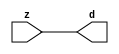

//------> ./rtl_mgc_ioport.v 
//------------------------------------------------------------------
//                M G C _ I O P O R T _ C O M P S
//------------------------------------------------------------------

//------------------------------------------------------------------
//                       M O D U L E S
//------------------------------------------------------------------

//------------------------------------------------------------------
//-- INPUT ENTITIES
//------------------------------------------------------------------

module mgc_in_wire (d, z);

  parameter integer rscid = 1;
  parameter integer width = 8;

  output [width-1:0] d;
  input  [width-1:0] z;

  wire   [width-1:0] d;

  assign d = z;

endmodule

//------------------------------------------------------------------

module mgc_in_wire_en (ld, d, lz, z);

  parameter integer rscid = 1;
  parameter integer width = 8;

  input              ld;
  output [width-1:0] d;
  output             lz;
  input  [width-1:0] z;

  wire   [width-1:0] d;
  wire               lz;

  assign d = z;
  assign lz = ld;

endmodule

//------------------------------------------------------------------

module mgc_in_wire_wait (ld, vd, d, lz, vz, z);

  parameter integer rscid = 1;
  parameter integer width = 8;

  input              ld;
  output             vd;
  output [width-1:0] d;
  output             lz;
  input              vz;
  input  [width-1:0] z;

  wire               vd;
  wire   [width-1:0] d;
  wire               lz;

  assign d = z;
  assign lz = ld;
  assign vd = vz;

endmodule
//------------------------------------------------------------------

module mgc_chan_in (ld, vd, d, lz, vz, z, size, req_size, sizez, sizelz);

  parameter integer rscid = 1;
  parameter integer width = 8;
  parameter integer sz_width = 8;

  input              ld;
  output             vd;
  output [width-1:0] d;
  output             lz;
  input              vz;
  input  [width-1:0] z;
  output [sz_width-1:0] size;
  input              req_size;
  input  [sz_width-1:0] sizez;
  output             sizelz;


  wire               vd;
  wire   [width-1:0] d;
  wire               lz;
  wire   [sz_width-1:0] size;
  wire               sizelz;

  assign d = z;
  assign lz = ld;
  assign vd = vz;
  assign size = sizez;
  assign sizelz = req_size;

endmodule


//------------------------------------------------------------------
//-- OUTPUT ENTITIES
//------------------------------------------------------------------

module mgc_out_stdreg (d, z);

  parameter integer rscid = 1;
  parameter integer width = 8;

  input    [width-1:0] d;
  output   [width-1:0] z;

  wire     [width-1:0] z;

  assign z = d;

endmodule

//------------------------------------------------------------------

module mgc_out_stdreg_en (ld, d, lz, z);

  parameter integer rscid = 1;
  parameter integer width = 8;

  input              ld;
  input  [width-1:0] d;
  output             lz;
  output [width-1:0] z;

  wire               lz;
  wire   [width-1:0] z;

  assign z = d;
  assign lz = ld;

endmodule

//------------------------------------------------------------------

module mgc_out_stdreg_wait (ld, vd, d, lz, vz, z);

  parameter integer rscid = 1;
  parameter integer width = 8;

  input              ld;
  output             vd;
  input  [width-1:0] d;
  output             lz;
  input              vz;
  output [width-1:0] z;

  wire               vd;
  wire               lz;
  wire   [width-1:0] z;

  assign z = d;
  assign lz = ld;
  assign vd = vz;

endmodule

//------------------------------------------------------------------

module mgc_out_prereg_en (ld, d, lz, z);

    parameter integer rscid = 1;
    parameter integer width = 8;

    input              ld;
    input  [width-1:0] d;
    output             lz;
    output [width-1:0] z;

    wire               lz;
    wire   [width-1:0] z;

    assign z = d;
    assign lz = ld;

endmodule

//------------------------------------------------------------------
//-- INOUT ENTITIES
//------------------------------------------------------------------

module mgc_inout_stdreg_en (ldin, din, ldout, dout, lzin, lzout, z);

    parameter integer rscid = 1;
    parameter integer width = 8;

    input              ldin;
    output [width-1:0] din;
    input              ldout;
    input  [width-1:0] dout;
    output             lzin;
    output             lzout;
    inout  [width-1:0] z;

    wire   [width-1:0] din;
    wire               lzin;
    wire               lzout;
    wire   [width-1:0] z;

    assign lzin = ldin;
    assign din = ldin ? z : {width{1'bz}};
    assign lzout = ldout;
    assign z = ldout ? dout : {width{1'bz}};

endmodule

//------------------------------------------------------------------
module hid_tribuf( I_SIG, ENABLE, O_SIG);
  parameter integer width = 8;

  input [width-1:0] I_SIG;
  input ENABLE;
  inout [width-1:0] O_SIG;

  assign O_SIG = (ENABLE) ? I_SIG : { width{1'bz}};

endmodule
//------------------------------------------------------------------

module mgc_inout_stdreg_wait (ldin, vdin, din, ldout, vdout, dout, lzin, vzin, lzout, vzout, z);

    parameter integer rscid = 1;
    parameter integer width = 8;

    input              ldin;
    output             vdin;
    output [width-1:0] din;
    input              ldout;
    output             vdout;
    input  [width-1:0] dout;
    output             lzin;
    input              vzin;
    output             lzout;
    input              vzout;
    inout  [width-1:0] z;

    wire               vdin;
    wire   [width-1:0] din;
    wire               vdout;
    wire               lzin;
    wire               lzout;
    wire   [width-1:0] z;
    wire   ldout_and_vzout;

    assign lzin = ldin;
    assign vdin = vzin;
    assign din = ldin ? z : {width{1'bz}};
    assign lzout = ldout;
    assign vdout = vzout ;
    assign ldout_and_vzout = ldout && vzout ;

    hid_tribuf #(width) tb( .I_SIG(dout),
                            .ENABLE(ldout_and_vzout),
                            .O_SIG(z) );

endmodule

//------------------------------------------------------------------

module mgc_inout_buf_wait (clk, en, arst, srst, ldin, vdin, din, ldout, vdout, dout, lzin, vzin, lzout, vzout, z);

    parameter integer rscid   = 0; // resource ID
    parameter integer width   = 8; // fifo width
    parameter         ph_clk  =  1'b1; // clock polarity 1=rising edge, 0=falling edge
    parameter         ph_en   =  1'b1; // clock enable polarity
    parameter         ph_arst =  1'b1; // async reset polarity
    parameter         ph_srst =  1'b1; // sync reset polarity

    input              clk;
    input              en;
    input              arst;
    input              srst;
    input              ldin;
    output             vdin;
    output [width-1:0] din;
    input              ldout;
    output             vdout;
    input  [width-1:0] dout;
    output             lzin;
    input              vzin;
    output             lzout;
    input              vzout;
    inout  [width-1:0] z;

    wire               lzout_buf;
    wire               vzout_buf;
    wire   [width-1:0] z_buf;
    wire               vdin;
    wire   [width-1:0] din;
    wire               vdout;
    wire               lzin;
    wire               lzout;
    wire   [width-1:0] z;

    assign lzin = ldin;
    assign vdin = vzin;
    assign din = ldin ? z : {width{1'bz}};
    assign lzout = lzout_buf & ~ldin;
    assign vzout_buf = vzout & ~ldin;
    hid_tribuf #(width) tb( .I_SIG(z_buf),
                            .ENABLE((lzout_buf && (!ldin) && vzout) ),
                            .O_SIG(z)  );

    mgc_out_buf_wait
    #(
        .rscid   (rscid),
        .width   (width),
        .ph_clk  (ph_clk),
        .ph_en   (ph_en),
        .ph_arst (ph_arst),
        .ph_srst (ph_srst)
    )
    BUFF
    (
        .clk     (clk),
        .en      (en),
        .arst    (arst),
        .srst    (srst),
        .ld      (ldout),
        .vd      (vdout),
        .d       (dout),
        .lz      (lzout_buf),
        .vz      (vzout_buf),
        .z       (z_buf)
    );


endmodule

module mgc_inout_fifo_wait (clk, en, arst, srst, ldin, vdin, din, ldout, vdout, dout, lzin, vzin, lzout, vzout, z);

    parameter integer rscid   = 0; // resource ID
    parameter integer width   = 8; // fifo width
    parameter integer fifo_sz = 8; // fifo depth
    parameter         ph_clk  = 1'b1;  // clock polarity 1=rising edge, 0=falling edge
    parameter         ph_en   = 1'b1;  // clock enable polarity
    parameter         ph_arst = 1'b1;  // async reset polarity
    parameter         ph_srst = 1'b1;  // sync reset polarity
    parameter integer ph_log2 = 3;     // log2(fifo_sz)
    parameter integer pwropt  = 0;     // pwropt

    input              clk;
    input              en;
    input              arst;
    input              srst;
    input              ldin;
    output             vdin;
    output [width-1:0] din;
    input              ldout;
    output             vdout;
    input  [width-1:0] dout;
    output             lzin;
    input              vzin;
    output             lzout;
    input              vzout;
    inout  [width-1:0] z;

    wire               lzout_buf;
    wire               vzout_buf;
    wire   [width-1:0] z_buf;
    wire               comb;
    wire               vdin;
    wire   [width-1:0] din;
    wire               vdout;
    wire               lzin;
    wire               lzout;
    wire   [width-1:0] z;

    assign lzin = ldin;
    assign vdin = vzin;
    assign din = ldin ? z : {width{1'bz}};
    assign lzout = lzout_buf & ~ldin;
    assign vzout_buf = vzout & ~ldin;
    assign comb = (lzout_buf && (!ldin) && vzout);

    hid_tribuf #(width) tb2( .I_SIG(z_buf), .ENABLE(comb), .O_SIG(z)  );

    mgc_out_fifo_wait
    #(
        .rscid   (rscid),
        .width   (width),
        .fifo_sz (fifo_sz),
        .ph_clk  (ph_clk),
        .ph_en   (ph_en),
        .ph_arst (ph_arst),
        .ph_srst (ph_srst),
        .ph_log2 (ph_log2),
        .pwropt  (pwropt)
    )
    FIFO
    (
        .clk   (clk),
        .en      (en),
        .arst    (arst),
        .srst    (srst),
        .ld      (ldout),
        .vd      (vdout),
        .d       (dout),
        .lz      (lzout_buf),
        .vz      (vzout_buf),
        .z       (z_buf)
    );

endmodule

//------------------------------------------------------------------
//-- I/O SYNCHRONIZATION ENTITIES
//------------------------------------------------------------------

module mgc_io_sync (ld, lz);

    input  ld;
    output lz;

    assign lz = ld;

endmodule

module mgc_bsync_rdy (rd, rz);

    parameter integer rscid   = 0; // resource ID
    parameter ready = 1;
    parameter valid = 0;

    input  rd;
    output rz;

    wire   rz;

    assign rz = rd;

endmodule

module mgc_bsync_vld (vd, vz);

    parameter integer rscid   = 0; // resource ID
    parameter ready = 0;
    parameter valid = 1;

    output vd;
    input  vz;

    wire   vd;

    assign vd = vz;

endmodule

module mgc_bsync_rv (rd, vd, rz, vz);

    parameter integer rscid   = 0; // resource ID
    parameter ready = 1;
    parameter valid = 1;

    input  rd;
    output vd;
    output rz;
    input  vz;

    wire   vd;
    wire   rz;

    assign rz = rd;
    assign vd = vz;

endmodule

//------------------------------------------------------------------

module mgc_sync (ldin, vdin, ldout, vdout);

  input  ldin;
  output vdin;
  input  ldout;
  output vdout;

  wire   vdin;
  wire   vdout;

  assign vdin = ldout;
  assign vdout = ldin;

endmodule

///////////////////////////////////////////////////////////////////////////////
// dummy function used to preserve funccalls for modulario
// it looks like a memory read to the caller
///////////////////////////////////////////////////////////////////////////////
module funccall_inout (d, ad, bd, z, az, bz);

  parameter integer ram_id = 1;
  parameter integer width = 8;
  parameter integer addr_width = 8;

  output [width-1:0]       d;
  input  [addr_width-1:0]  ad;
  input                    bd;
  input  [width-1:0]       z;
  output [addr_width-1:0]  az;
  output                   bz;

  wire   [width-1:0]       d;
  wire   [addr_width-1:0]  az;
  wire                     bz;

  assign d  = z;
  assign az = ad;
  assign bz = bd;

endmodule


///////////////////////////////////////////////////////////////////////////////
// inlinable modular io not otherwise found in mgc_ioport
///////////////////////////////////////////////////////////////////////////////

module modulario_en_in (vd, d, vz, z);

  parameter integer rscid = 1;
  parameter integer width = 8;

  output             vd;
  output [width-1:0] d;
  input              vz;
  input  [width-1:0] z;

  wire   [width-1:0] d;
  wire               vd;

  assign d = z;
  assign vd = vz;

endmodule

//------> ./rtl_mgc_ioport_v2001.v 
//------------------------------------------------------------------

module mgc_out_reg_pos (clk, en, arst, srst, ld, d, lz, z);

    parameter integer rscid   = 1;
    parameter integer width   = 8;
    parameter         ph_en   =  1'b1;
    parameter         ph_arst =  1'b1;
    parameter         ph_srst =  1'b1;

    input              clk;
    input              en;
    input              arst;
    input              srst;
    input              ld;
    input  [width-1:0] d;
    output             lz;
    output [width-1:0] z;

    reg                lz;
    reg    [width-1:0] z;

    generate
    if (ph_arst == 1'b0)
    begin: NEG_ARST
        always @(posedge clk or negedge arst)
        if (arst == 1'b0)
        begin: B1
            lz <= 1'b0;
            z  <= {width{1'b0}};
        end
        else if (srst == ph_srst)
        begin: B2
            lz <= 1'b0;
            z  <= {width{1'b0}};
        end
        else if (en == ph_en)
        begin: B3
            lz <= ld;
            z  <= (ld) ? d : z;
        end
    end
    else
    begin: POS_ARST
        always @(posedge clk or posedge arst)
        if (arst == 1'b1)
        begin: B1
            lz <= 1'b0;
            z  <= {width{1'b0}};
        end
        else if (srst == ph_srst)
        begin: B2
            lz <= 1'b0;
            z  <= {width{1'b0}};
        end
        else if (en == ph_en)
        begin: B3
            lz <= ld;
            z  <= (ld) ? d : z;
        end
    end
    endgenerate

endmodule

//------------------------------------------------------------------

module mgc_out_reg_neg (clk, en, arst, srst, ld, d, lz, z);

    parameter integer rscid   = 1;
    parameter integer width   = 8;
    parameter         ph_en   =  1'b1;
    parameter         ph_arst =  1'b1;
    parameter         ph_srst =  1'b1;

    input              clk;
    input              en;
    input              arst;
    input              srst;
    input              ld;
    input  [width-1:0] d;
    output             lz;
    output [width-1:0] z;

    reg                lz;
    reg    [width-1:0] z;

    generate
    if (ph_arst == 1'b0)
    begin: NEG_ARST
        always @(negedge clk or negedge arst)
        if (arst == 1'b0)
        begin: B1
            lz <= 1'b0;
            z  <= {width{1'b0}};
        end
        else if (srst == ph_srst)
        begin: B2
            lz <= 1'b0;
            z  <= {width{1'b0}};
        end
        else if (en == ph_en)
        begin: B3
            lz <= ld;
            z  <= (ld) ? d : z;
        end
    end
    else
    begin: POS_ARST
        always @(negedge clk or posedge arst)
        if (arst == 1'b1)
        begin: B1
            lz <= 1'b0;
            z  <= {width{1'b0}};
        end
        else if (srst == ph_srst)
        begin: B2
            lz <= 1'b0;
            z  <= {width{1'b0}};
        end
        else if (en == ph_en)
        begin: B3
            lz <= ld;
            z  <= (ld) ? d : z;
        end
    end
    endgenerate

endmodule

//------------------------------------------------------------------

module mgc_out_reg (clk, en, arst, srst, ld, d, lz, z); // Not Supported

    parameter integer rscid   = 1;
    parameter integer width   = 8;
    parameter         ph_clk  =  1'b1;
    parameter         ph_en   =  1'b1;
    parameter         ph_arst =  1'b1;
    parameter         ph_srst =  1'b1;

    input              clk;
    input              en;
    input              arst;
    input              srst;
    input              ld;
    input  [width-1:0] d;
    output             lz;
    output [width-1:0] z;


    generate
    if (ph_clk == 1'b0)
    begin: NEG_EDGE

        mgc_out_reg_neg
        #(
            .rscid   (rscid),
            .width   (width),
            .ph_en   (ph_en),
            .ph_arst (ph_arst),
            .ph_srst (ph_srst)
        )
        mgc_out_reg_neg_inst
        (
            .clk     (clk),
            .en      (en),
            .arst    (arst),
            .srst    (srst),
            .ld      (ld),
            .d       (d),
            .lz      (lz),
            .z       (z)
        );

    end
    else
    begin: POS_EDGE

        mgc_out_reg_pos
        #(
            .rscid   (rscid),
            .width   (width),
            .ph_en   (ph_en),
            .ph_arst (ph_arst),
            .ph_srst (ph_srst)
        )
        mgc_out_reg_pos_inst
        (
            .clk     (clk),
            .en      (en),
            .arst    (arst),
            .srst    (srst),
            .ld      (ld),
            .d       (d),
            .lz      (lz),
            .z       (z)
        );

    end
    endgenerate

endmodule




//------------------------------------------------------------------

module mgc_out_buf_wait (clk, en, arst, srst, ld, vd, d, vz, lz, z); // Not supported

    parameter integer rscid   = 1;
    parameter integer width   = 8;
    parameter         ph_clk  =  1'b1;
    parameter         ph_en   =  1'b1;
    parameter         ph_arst =  1'b1;
    parameter         ph_srst =  1'b1;

    input              clk;
    input              en;
    input              arst;
    input              srst;
    input              ld;
    output             vd;
    input  [width-1:0] d;
    output             lz;
    input              vz;
    output [width-1:0] z;

    wire               filled;
    wire               filled_next;
    wire   [width-1:0] abuf;
    wire               lbuf;


    assign filled_next = (filled & (~vz)) | (filled & ld) | (ld & (~vz));

    assign lbuf = ld & ~(filled ^ vz);

    assign vd = vz | ~filled;

    assign lz = ld | filled;

    assign z = (filled) ? abuf : d;

    wire dummy;
    wire dummy_bufreg_lz;

    // Output registers:
    mgc_out_reg
    #(
        .rscid   (rscid),
        .width   (1'b1),
        .ph_clk  (ph_clk),
        .ph_en   (ph_en),
        .ph_arst (ph_arst),
        .ph_srst (ph_srst)
    )
    STATREG
    (
        .clk     (clk),
        .en      (en),
        .arst    (arst),
        .srst    (srst),
        .ld      (filled_next),
        .d       (1'b0),       // input d is unused
        .lz      (filled),
        .z       (dummy)            // output z is unused
    );

    mgc_out_reg
    #(
        .rscid   (rscid),
        .width   (width),
        .ph_clk  (ph_clk),
        .ph_en   (ph_en),
        .ph_arst (ph_arst),
        .ph_srst (ph_srst)
    )
    BUFREG
    (
        .clk     (clk),
        .en      (en),
        .arst    (arst),
        .srst    (srst),
        .ld      (lbuf),
        .d       (d),
        .lz      (dummy_bufreg_lz),
        .z       (abuf)
    );

endmodule

//------------------------------------------------------------------

module mgc_out_fifo_wait (clk, en, arst, srst, ld, vd, d, lz, vz,  z);

    parameter integer rscid   = 0; // resource ID
    parameter integer width   = 8; // fifo width
    parameter integer fifo_sz = 8; // fifo depth
    parameter         ph_clk  = 1'b1; // clock polarity 1=rising edge, 0=falling edge
    parameter         ph_en   = 1'b1; // clock enable polarity
    parameter         ph_arst = 1'b1; // async reset polarity
    parameter         ph_srst = 1'b1; // sync reset polarity
    parameter integer ph_log2 = 3; // log2(fifo_sz)
    parameter integer pwropt  = 0; // pwropt


    input                 clk;
    input                 en;
    input                 arst;
    input                 srst;
    input                 ld;    // load data
    output                vd;    // fifo full active low
    input     [width-1:0] d;
    output                lz;    // fifo ready to send
    input                 vz;    // dest ready for data
    output    [width-1:0] z;

    wire    [31:0]      size;


      // Output registers:
 mgc_out_fifo_wait_core#(
        .rscid   (rscid),
        .width   (width),
        .sz_width (32),
        .fifo_sz (fifo_sz),
        .ph_clk  (ph_clk),
        .ph_en   (ph_en),
        .ph_arst (ph_arst),
        .ph_srst (ph_srst),
        .ph_log2 (ph_log2),
        .pwropt  (pwropt)
        ) CORE (
        .clk (clk),
        .en (en),
        .arst (arst),
        .srst (srst),
        .ld (ld),
        .vd (vd),
        .d (d),
        .lz (lz),
        .vz (vz),
        .z (z),
        .size (size)
        );

endmodule



module mgc_out_fifo_wait_core (clk, en, arst, srst, ld, vd, d, lz, vz,  z, size);

    parameter integer rscid   = 0; // resource ID
    parameter integer width   = 8; // fifo width
    parameter integer sz_width = 8; // size of port for elements in fifo
    parameter integer fifo_sz = 8; // fifo depth
    parameter         ph_clk  =  1'b1; // clock polarity 1=rising edge, 0=falling edge
    parameter         ph_en   =  1'b1; // clock enable polarity
    parameter         ph_arst =  1'b1; // async reset polarity
    parameter         ph_srst =  1'b1; // sync reset polarity
    parameter integer ph_log2 = 3; // log2(fifo_sz)
    parameter integer pwropt  = 0; // pwropt

   localparam integer  fifo_b = width * fifo_sz;

    input                 clk;
    input                 en;
    input                 arst;
    input                 srst;
    input                 ld;    // load data
    output                vd;    // fifo full active low
    input     [width-1:0] d;
    output                lz;    // fifo ready to send
    input                 vz;    // dest ready for data
    output    [width-1:0] z;
    output    [sz_width-1:0]      size;

    reg      [( (fifo_sz > 0) ? fifo_sz : 1)-1:0] stat_pre;
    wire     [( (fifo_sz > 0) ? fifo_sz : 1)-1:0] stat;
    reg      [( (fifo_b > 0) ? fifo_b : 1)-1:0] buff_pre;
    wire     [( (fifo_b > 0) ? fifo_b : 1)-1:0] buff;
    reg      [( (fifo_sz > 0) ? fifo_sz : 1)-1:0] en_l;
    reg      [(((fifo_sz > 0) ? fifo_sz : 1)-1)/8:0] en_l_s;

    reg       [width-1:0] buff_nxt;

    reg                   stat_nxt;
    reg                   stat_before;
    reg                   stat_after;
    reg                   en_l_var;

    integer               i;
    genvar                eni;

    wire [32:0]           size_t;
    reg [31:0]            count;
    reg [31:0]            count_t;
    reg [32:0]            n_elem;
// pragma translate_off
    reg [31:0]            peak;
// pragma translate_on

    wire [( (fifo_sz > 0) ? fifo_sz : 1)-1:0] dummy_statreg_lz;
    wire [( (fifo_b > 0) ? fifo_b : 1)-1:0] dummy_bufreg_lz;

    generate
    if ( fifo_sz > 0 )
    begin: FIFO_REG
      assign vd = vz | ~stat[0];
      assign lz = ld | stat[fifo_sz-1];
      assign size_t = (count - (vz && stat[fifo_sz-1])) + ld;
      assign size = size_t[sz_width-1:0];
      assign z = (stat[fifo_sz-1]) ? buff[fifo_b-1:width*(fifo_sz-1)] : d;

      always @(*)
      begin: FIFOPROC
        n_elem = 33'b0;
        for (i = fifo_sz-1; i >= 0; i = i - 1)
        begin
          if (i != 0)
            stat_before = stat[i-1];
          else
            stat_before = 1'b0;

          if (i != (fifo_sz-1))
            stat_after = stat[i+1];
          else
            stat_after = 1'b1;

          stat_nxt = stat_after &
                    (stat_before | (stat[i] & (~vz)) | (stat[i] & ld) | (ld & (~vz)));

          stat_pre[i] = stat_nxt;
          en_l_var = 1'b1;
          if (!stat_nxt)
            begin
              buff_nxt = {width{1'b0}};
              en_l_var = 1'b0;
            end
          else if (vz && stat_before)
            buff_nxt[0+:width] = buff[width*(i-1)+:width];
          else if (ld && !((vz && stat_before) || ((!vz) && stat[i])))
            buff_nxt = d;
          else
            begin
              if (pwropt == 0)
                buff_nxt[0+:width] = buff[width*i+:width];
              else
                buff_nxt = {width{1'b0}};
              en_l_var = 1'b0;
            end

          if (ph_en != 0)
            en_l[i] = en & en_l_var;
          else
            en_l[i] = en | ~en_l_var;

          buff_pre[width*i+:width] = buff_nxt[0+:width];

          if ((stat_after == 1'b1) && (stat[i] == 1'b0))
            n_elem = ($unsigned(fifo_sz) - 1) - i;
        end

        if (ph_en != 0)
          en_l_s[(((fifo_sz > 0) ? fifo_sz : 1)-1)/8] = 1'b1;
        else
          en_l_s[(((fifo_sz > 0) ? fifo_sz : 1)-1)/8] = 1'b0;

        for (i = fifo_sz-1; i >= 7; i = i - 1)
        begin
          if ((i%'d2) == 0)
          begin
            if (ph_en != 0)
              en_l_s[(i/8)-1] = en & (stat[i]|stat_pre[i-1]);
            else
              en_l_s[(i/8)-1] = en | ~(stat[i]|stat_pre[i-1]);
          end
        end

        if ( stat[fifo_sz-1] == 1'b0 )
          count_t = 32'b0;
        else if ( stat[0] == 1'b1 )
          count_t = { {(32-ph_log2){1'b0}}, fifo_sz};
        else
          count_t = n_elem[31:0];
        count = count_t;
// pragma translate_off
        if ( peak < count )
          peak = count;
// pragma translate_on
      end

      if (pwropt == 0)
      begin: NOCGFIFO
        // Output registers:
        mgc_out_reg
        #(
            .rscid   (rscid),
            .width   (fifo_sz),
            .ph_clk  (ph_clk),
            .ph_en   (ph_en),
            .ph_arst (ph_arst),
            .ph_srst (ph_srst)
        )
        STATREG
        (
            .clk     (clk),
            .en      (en),
            .arst    (arst),
            .srst    (srst),
            .ld      (1'b1),
            .d       (stat_pre),
            .lz      (dummy_statreg_lz[0]),
            .z       (stat)
        );
        mgc_out_reg
        #(
            .rscid   (rscid),
            .width   (fifo_b),
            .ph_clk  (ph_clk),
            .ph_en   (ph_en),
            .ph_arst (ph_arst),
            .ph_srst (ph_srst)
        )
        BUFREG
        (
            .clk     (clk),
            .en      (en),
            .arst    (arst),
            .srst    (srst),
            .ld      (1'b1),
            .d       (buff_pre),
            .lz      (dummy_bufreg_lz[0]),
            .z       (buff)
        );
      end
      else
      begin: CGFIFO
        // Output registers:
        if ( pwropt > 1)
        begin: CGSTATFIFO2
          for (eni = fifo_sz-1; eni >= 0; eni = eni - 1)
          begin: pwroptGEN1
            mgc_out_reg
            #(
              .rscid   (rscid),
              .width   (1),
              .ph_clk  (ph_clk),
              .ph_en   (ph_en),
              .ph_arst (ph_arst),
              .ph_srst (ph_srst)
            )
            STATREG
            (
              .clk     (clk),
              .en      (en_l_s[eni/8]),
              .arst    (arst),
              .srst    (srst),
              .ld      (1'b1),
              .d       (stat_pre[eni]),
              .lz      (dummy_statreg_lz[eni]),
              .z       (stat[eni])
            );
          end
        end
        else
        begin: CGSTATFIFO
          mgc_out_reg
          #(
            .rscid   (rscid),
            .width   (fifo_sz),
            .ph_clk  (ph_clk),
            .ph_en   (ph_en),
            .ph_arst (ph_arst),
            .ph_srst (ph_srst)
          )
          STATREG
          (
            .clk     (clk),
            .en      (en),
            .arst    (arst),
            .srst    (srst),
            .ld      (1'b1),
            .d       (stat_pre),
            .lz      (dummy_statreg_lz[0]),
            .z       (stat)
          );
        end
        for (eni = fifo_sz-1; eni >= 0; eni = eni - 1)
        begin: pwroptGEN2
          mgc_out_reg
          #(
            .rscid   (rscid),
            .width   (width),
            .ph_clk  (ph_clk),
            .ph_en   (ph_en),
            .ph_arst (ph_arst),
            .ph_srst (ph_srst)
          )
          BUFREG
          (
            .clk     (clk),
            .en      (en_l[eni]),
            .arst    (arst),
            .srst    (srst),
            .ld      (1'b1),
            .d       (buff_pre[width*eni+:width]),
            .lz      (dummy_bufreg_lz[eni]),
            .z       (buff[width*eni+:width])
          );
        end
      end
    end
    else
    begin: FEED_THRU
      assign vd = vz;
      assign lz = ld;
      assign z = d;
      assign size = ld && !vz;
    end
    endgenerate

endmodule

//------------------------------------------------------------------
//-- PIPE ENTITIES
//------------------------------------------------------------------
/*
 *
 *             _______________________________________________
 * WRITER    |                                               |          READER
 *           |           MGC_PIPE                            |
 *           |           __________________________          |
 *        --<| vdout  --<| vd ---------------  vz<|-----ldin<|---
 *           |           |      FIFO              |          |
 *        ---|>ldout  ---|>ld ---------------- lz |> ---vdin |>--
 *        ---|>dout -----|>d  ---------------- dz |> ----din |>--
 *           |           |________________________|          |
 *           |_______________________________________________|
 */
// two clock pipe
module mgc_pipe (clk, en, arst, srst, ldin, vdin, din, ldout, vdout, dout, size, req_size);

    parameter integer rscid   = 0; // resource ID
    parameter integer width   = 8; // fifo width
    parameter integer sz_width = 8; // width of size of elements in fifo
    parameter integer fifo_sz = 8; // fifo depth
    parameter integer log2_sz = 3; // log2(fifo_sz)
    parameter         ph_clk  = 1'b1;  // clock polarity 1=rising edge, 0=falling edge
    parameter         ph_en   = 1'b1;  // clock enable polarity
    parameter         ph_arst = 1'b1;  // async reset polarity
    parameter         ph_srst = 1'b1;  // sync reset polarity
    parameter integer pwropt  = 0; // pwropt

    input              clk;
    input              en;
    input              arst;
    input              srst;
    input              ldin;
    output             vdin;
    output [width-1:0] din;
    input              ldout;
    output             vdout;
    input  [width-1:0] dout;
    output [sz_width-1:0]      size;
    input              req_size;


    mgc_out_fifo_wait_core
    #(
        .rscid    (rscid),
        .width    (width),
        .sz_width (sz_width),
        .fifo_sz  (fifo_sz),
        .ph_clk   (ph_clk),
        .ph_en    (ph_en),
        .ph_arst  (ph_arst),
        .ph_srst  (ph_srst),
        .ph_log2  (log2_sz),
        .pwropt   (pwropt)
    )
    FIFO
    (
        .clk     (clk),
        .en      (en),
        .arst    (arst),
        .srst    (srst),
        .ld      (ldout),
        .vd      (vdout),
        .d       (dout),
        .lz      (vdin),
        .vz      (ldin),
        .z       (din),
        .size    (size)
    );

endmodule


//------> ./rtl.v 
// ----------------------------------------------------------------------
//  HLS HDL:        Verilog Netlister
//  HLS Version:    2011a.126 Production Release
//  HLS Date:       Wed Aug  8 00:52:07 PDT 2012
// 
//  Generated by:   jb914@EEWS104A-014
//  Generated date: Wed May 06 12:48:29 2015
// ----------------------------------------------------------------------

// 
// ------------------------------------------------------------------
//  Design Unit:    red_tint_core
// ------------------------------------------------------------------


module red_tint_core (
  clk, en, arst_n, video_in_rsc_mgc_in_wire_d, video_out_rsc_mgc_out_stdreg_d, mouse_xy_rsc_mgc_in_wire_d
);
  input clk;
  input en;
  input arst_n;
  input [29:0] video_in_rsc_mgc_in_wire_d;
  output [29:0] video_out_rsc_mgc_out_stdreg_d;
  input [19:0] mouse_xy_rsc_mgc_in_wire_d;


  // Interconnect Declarations
  wire [7:0] acc_1_psp_sva;
  wire [8:0] nl_acc_1_psp_sva;
  reg [9:0] reg_video_out_rsc_mgc_out_stdreg_d_tmp;
  reg [9:0] reg_video_out_rsc_mgc_out_stdreg_d_tmp_1;
  reg [9:0] reg_video_out_rsc_mgc_out_stdreg_d_tmp_2;
  wire [8:0] else_acc_itm;
  wire [9:0] nl_else_acc_itm;
  wire [12:0] else_else_acc_2_itm;
  wire [13:0] nl_else_else_acc_2_itm;
  wire [12:0] else_else_acc_itm;
  wire [13:0] nl_else_else_acc_itm;
  wire [8:0] acc_itm;
  wire [9:0] nl_acc_itm;


  // Interconnect Declarations for Component Instantiations 
  assign video_out_rsc_mgc_out_stdreg_d = {reg_video_out_rsc_mgc_out_stdreg_d_tmp
      , reg_video_out_rsc_mgc_out_stdreg_d_tmp_1 , reg_video_out_rsc_mgc_out_stdreg_d_tmp_2};
  assign nl_else_acc_itm = ({1'b1 , (~ (mouse_xy_rsc_mgc_in_wire_d[8:1]))}) + 9'b11111011;
  assign else_acc_itm = nl_else_acc_itm[8:0];
  assign nl_else_else_acc_2_itm = conv_u2s_11_13({(video_in_rsc_mgc_in_wire_d[19:10])
      , 1'b1}) + conv_s2s_11_13({(~ acc_1_psp_sva) , (~ (mouse_xy_rsc_mgc_in_wire_d[2:1]))
      , 1'b1});
  assign else_else_acc_2_itm = nl_else_else_acc_2_itm[12:0];
  assign nl_else_else_acc_itm = conv_u2s_11_13({(video_in_rsc_mgc_in_wire_d[9:0])
      , 1'b1}) + conv_s2s_11_13({(~ acc_1_psp_sva) , (~ (mouse_xy_rsc_mgc_in_wire_d[2:1]))
      , 1'b1});
  assign else_else_acc_itm = nl_else_else_acc_itm[12:0];
  assign nl_acc_1_psp_sva = conv_u2u_6_8(mouse_xy_rsc_mgc_in_wire_d[8:3]) + (mouse_xy_rsc_mgc_in_wire_d[8:1]);
  assign acc_1_psp_sva = nl_acc_1_psp_sva[7:0];
  assign nl_acc_itm = conv_u2s_8_9(mouse_xy_rsc_mgc_in_wire_d[8:1]) + 9'b111111011;
  assign acc_itm = nl_acc_itm[8:0];
  always @(posedge clk or negedge arst_n) begin
    if ( ~ arst_n ) begin
      reg_video_out_rsc_mgc_out_stdreg_d_tmp <= 10'b0;
      reg_video_out_rsc_mgc_out_stdreg_d_tmp_1 <= 10'b0;
      reg_video_out_rsc_mgc_out_stdreg_d_tmp_2 <= 10'b0;
    end
    else begin
      if ( en ) begin
        reg_video_out_rsc_mgc_out_stdreg_d_tmp <= (video_in_rsc_mgc_in_wire_d[29:20])
            & (signext_10_1(~ (else_acc_itm[8]))) & (signext_10_1(~ (acc_itm[8])));
        reg_video_out_rsc_mgc_out_stdreg_d_tmp_1 <= MUX1HOT_v_10_3_2({(~((~((else_else_acc_2_itm[10:1])
            | (signext_10_1(else_else_acc_2_itm[11])))) | (signext_10_1(else_else_acc_2_itm[12]))))
            , (video_in_rsc_mgc_in_wire_d[9:0]) , (video_in_rsc_mgc_in_wire_d[19:10])},
            {(~((else_acc_itm[8]) | (acc_itm[8]))) , ((else_acc_itm[8]) & (~ (acc_itm[8])))
            , (acc_itm[8])});
        reg_video_out_rsc_mgc_out_stdreg_d_tmp_2 <= ~((~((else_else_acc_itm[10:1])
            | (signext_10_1(else_else_acc_itm[11])))) | (signext_10_1(else_else_acc_itm[12]))
            | (signext_10_1(else_acc_itm[8])) | (signext_10_1(acc_itm[8])));
      end
    end
  end

  function [9:0] signext_10_1;
    input [0:0] vector;
  begin
    signext_10_1= {{9{vector[0]}}, vector};
  end
  endfunction


  function [9:0] MUX1HOT_v_10_3_2;
    input [29:0] inputs;
    input [2:0] sel;
    reg [9:0] result;
    integer i;
  begin
    result = inputs[0+:10] & {10{sel[0]}};
    for( i = 1; i < 3; i = i + 1 )
      result = result | (inputs[i*10+:10] & {10{sel[i]}});
    MUX1HOT_v_10_3_2 = result;
  end
  endfunction


  function signed [12:0] conv_u2s_11_13 ;
    input [10:0]  vector ;
  begin
    conv_u2s_11_13 = {{2{1'b0}}, vector};
  end
  endfunction


  function signed [12:0] conv_s2s_11_13 ;
    input signed [10:0]  vector ;
  begin
    conv_s2s_11_13 = {{2{vector[10]}}, vector};
  end
  endfunction


  function  [7:0] conv_u2u_6_8 ;
    input [5:0]  vector ;
  begin
    conv_u2u_6_8 = {{2{1'b0}}, vector};
  end
  endfunction


  function signed [8:0] conv_u2s_8_9 ;
    input [7:0]  vector ;
  begin
    conv_u2s_8_9 = {1'b0, vector};
  end
  endfunction

endmodule

// ------------------------------------------------------------------
//  Design Unit:    red_tint
//  Generated from file(s):
//    3) $PROJECT_HOME/MouseTintRed.c
// ------------------------------------------------------------------


module red_tint (
  video_in_rsc_z, video_out_rsc_z, mouse_xy_rsc_z, clk, en, arst_n
);
  input [29:0] video_in_rsc_z;
  output [29:0] video_out_rsc_z;
  input [19:0] mouse_xy_rsc_z;
  input clk;
  input en;
  input arst_n;


  // Interconnect Declarations
  wire [29:0] video_in_rsc_mgc_in_wire_d;
  wire [29:0] video_out_rsc_mgc_out_stdreg_d;
  wire [19:0] mouse_xy_rsc_mgc_in_wire_d;


  // Interconnect Declarations for Component Instantiations 
  mgc_in_wire #(.rscid(1),
  .width(30)) video_in_rsc_mgc_in_wire (
      .d(video_in_rsc_mgc_in_wire_d),
      .z(video_in_rsc_z)
    );
  mgc_out_stdreg #(.rscid(2),
  .width(30)) video_out_rsc_mgc_out_stdreg (
      .d(video_out_rsc_mgc_out_stdreg_d),
      .z(video_out_rsc_z)
    );
  mgc_in_wire #(.rscid(3),
  .width(20)) mouse_xy_rsc_mgc_in_wire (
      .d(mouse_xy_rsc_mgc_in_wire_d),
      .z(mouse_xy_rsc_z)
    );
  red_tint_core red_tint_core_inst (
      .clk(clk),
      .en(en),
      .arst_n(arst_n),
      .video_in_rsc_mgc_in_wire_d(video_in_rsc_mgc_in_wire_d),
      .video_out_rsc_mgc_out_stdreg_d(video_out_rsc_mgc_out_stdreg_d),
      .mouse_xy_rsc_mgc_in_wire_d(mouse_xy_rsc_mgc_in_wire_d)
    );
endmodule